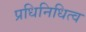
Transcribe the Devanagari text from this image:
प्रधिनिधित्व